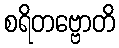
စရိတဗ္ဗောတိ